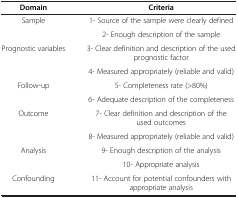
| Domain | Criteria |
 | --- | --- |
 | <ROWSPAN=2> Sample | 1- Source of the sample were clearly defined |
 | 2- Enough description of the sample |
 | <ROWSPAN=2> Prognostic variables | 3- Clear definition and description of the used prognostic factor |
 | 4- Measured appropriately (reliable and valid) |
 | <ROWSPAN=2> Follow-up | 5- Completeness rate (>80%) |
 | 6- Adequate description of the completeness |
 | <ROWSPAN=2> Outcome | 7- Clear definition and description of the used outcomes |
 | 8- Measured appropriately (reliable and valid) |
 | <ROWSPAN=2> Analysis | 9- Enough description of the analysis |
 | 10- Appropriate analysis |
 | Confounding | 11- Account for potential confounders with appropriate analysis |